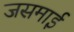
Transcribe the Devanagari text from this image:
जसमाई